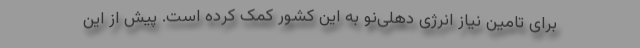
برای تامین نیاز انرژی دهلی‌نو به این کشور کمک کرده است. پیش از این